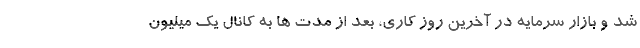
شد و بازار سرمایه در آخرین روز کاری، بعد از مدت ها به کانال یک میلیون